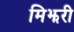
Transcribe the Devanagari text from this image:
मिझरी